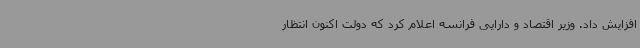
افزایش داد. وزیر اقتصاد و دارایی فرانسه اعلام کرد که دولت اکنون انتظار